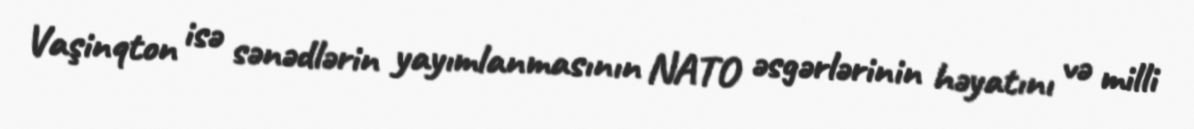
Vaşinqton isə sənədlərin yayımlanmasının NATO əsgərlərinin həyatını və milli